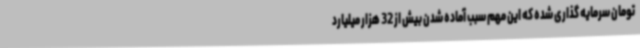
تومان سرمایه گذاری شده که این مهم سبب آماده شدن بیش از 32 هزار میلیارد